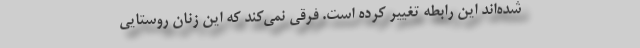
شده‌اند اين رابطه تغيير كرده است. فرقي نمي‌كند كه اين زنان روستايي